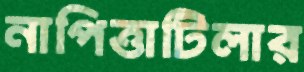
নাপিত্তাটিলার